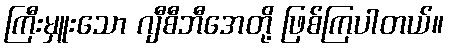
ကြီးမှူးသော ဂျီစီဘီအေတို့ ဖြစ်ကြပါတယ်။